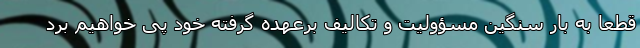
قطعاً به بار سنگین مسؤولیت و تکالیف برعهده گرفته خود پی خواهیم برد